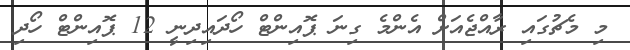
މި މެޗުގައި ރާއްޖެއަށް އެންމެ ގިނަ ޕޮއިންޓް ހޯދައިދިނީ 12 ޕޮއިންޓް ހޯދި